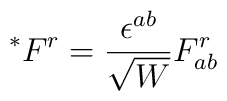
^{\ast }F^r=\frac{\epsilon ^{ab}}{\sqrt{W}}F^r_{ab}